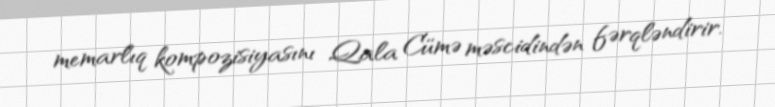
memarlıq kompozisiyasını Qala Cümə məscidindən fərqləndirir.